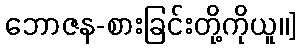
ဘောဇန-စားခြင်းတို့ကိုယူ၊၊]